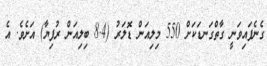
ގެނެފައިވަނީ ގާތްގަނޑަކަށް 550 މިލިއަން ޑޮލަރު (8.4 ބިލިއަން ރުފިޔާ) އަށެވެ. އެ